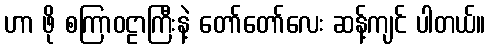
ဟာ ဖို စကြာဝဠာကြီးနဲ့ တော်တော်လေး ဆန့်ကျင် ပါတယ်။